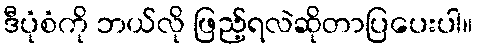
ဒီပုံစံကို ဘယ်လို ဖြည့်ရလဲဆိုတာပြပေးပါ။